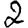
Digit: 2